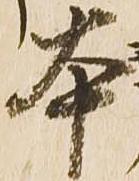
本